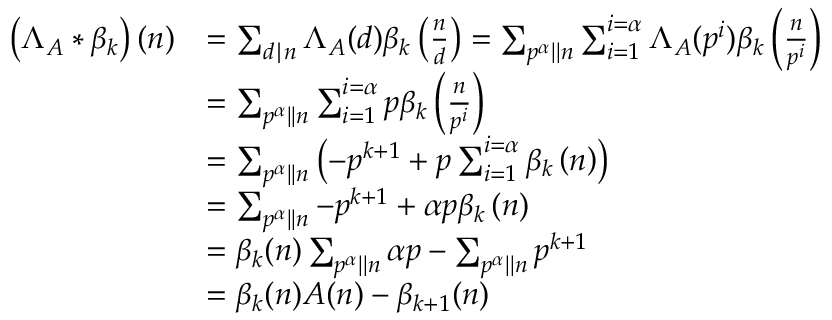
\begin{array} { r l } { \left( \Lambda _ { A } \ast \beta _ { k } \right) ( n ) } & { = \sum _ { d \mid n } \Lambda _ { A } ( d ) \beta _ { k } \left( \frac { n } { d } \right) = \sum _ { p ^ { \alpha } | | n } \sum _ { i = 1 } ^ { i = \alpha } \Lambda _ { A } ( p ^ { i } ) \beta _ { k } \left( \frac { n } { p ^ { i } } \right) } \\ & { = \sum _ { p ^ { \alpha } | | n } \sum _ { i = 1 } ^ { i = \alpha } p \beta _ { k } \left( \frac { n } { p ^ { i } } \right) } \\ & { = \sum _ { p ^ { \alpha } | | n } \left( - p ^ { k + 1 } + p \sum _ { i = 1 } ^ { i = \alpha } \beta _ { k } \left( n \right) \right) } \\ & { = \sum _ { p ^ { \alpha } | | n } - p ^ { k + 1 } + \alpha p \beta _ { k } \left( n \right) } \\ & { = \beta _ { k } ( n ) \sum _ { p ^ { \alpha } | | n } \alpha p - \sum _ { p ^ { \alpha } | | n } p ^ { k + 1 } } \\ & { = \beta _ { k } ( n ) A ( n ) - \beta _ { k + 1 } ( n ) } \end{array}